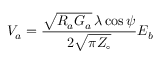
V _ { a } = { \frac { { \sqrt { R _ { a } G _ { a } } } \, \lambda \cos \psi } { 2 { \sqrt { \pi Z _ { \circ } } } } } E _ { b }